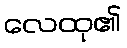
လေထု၏